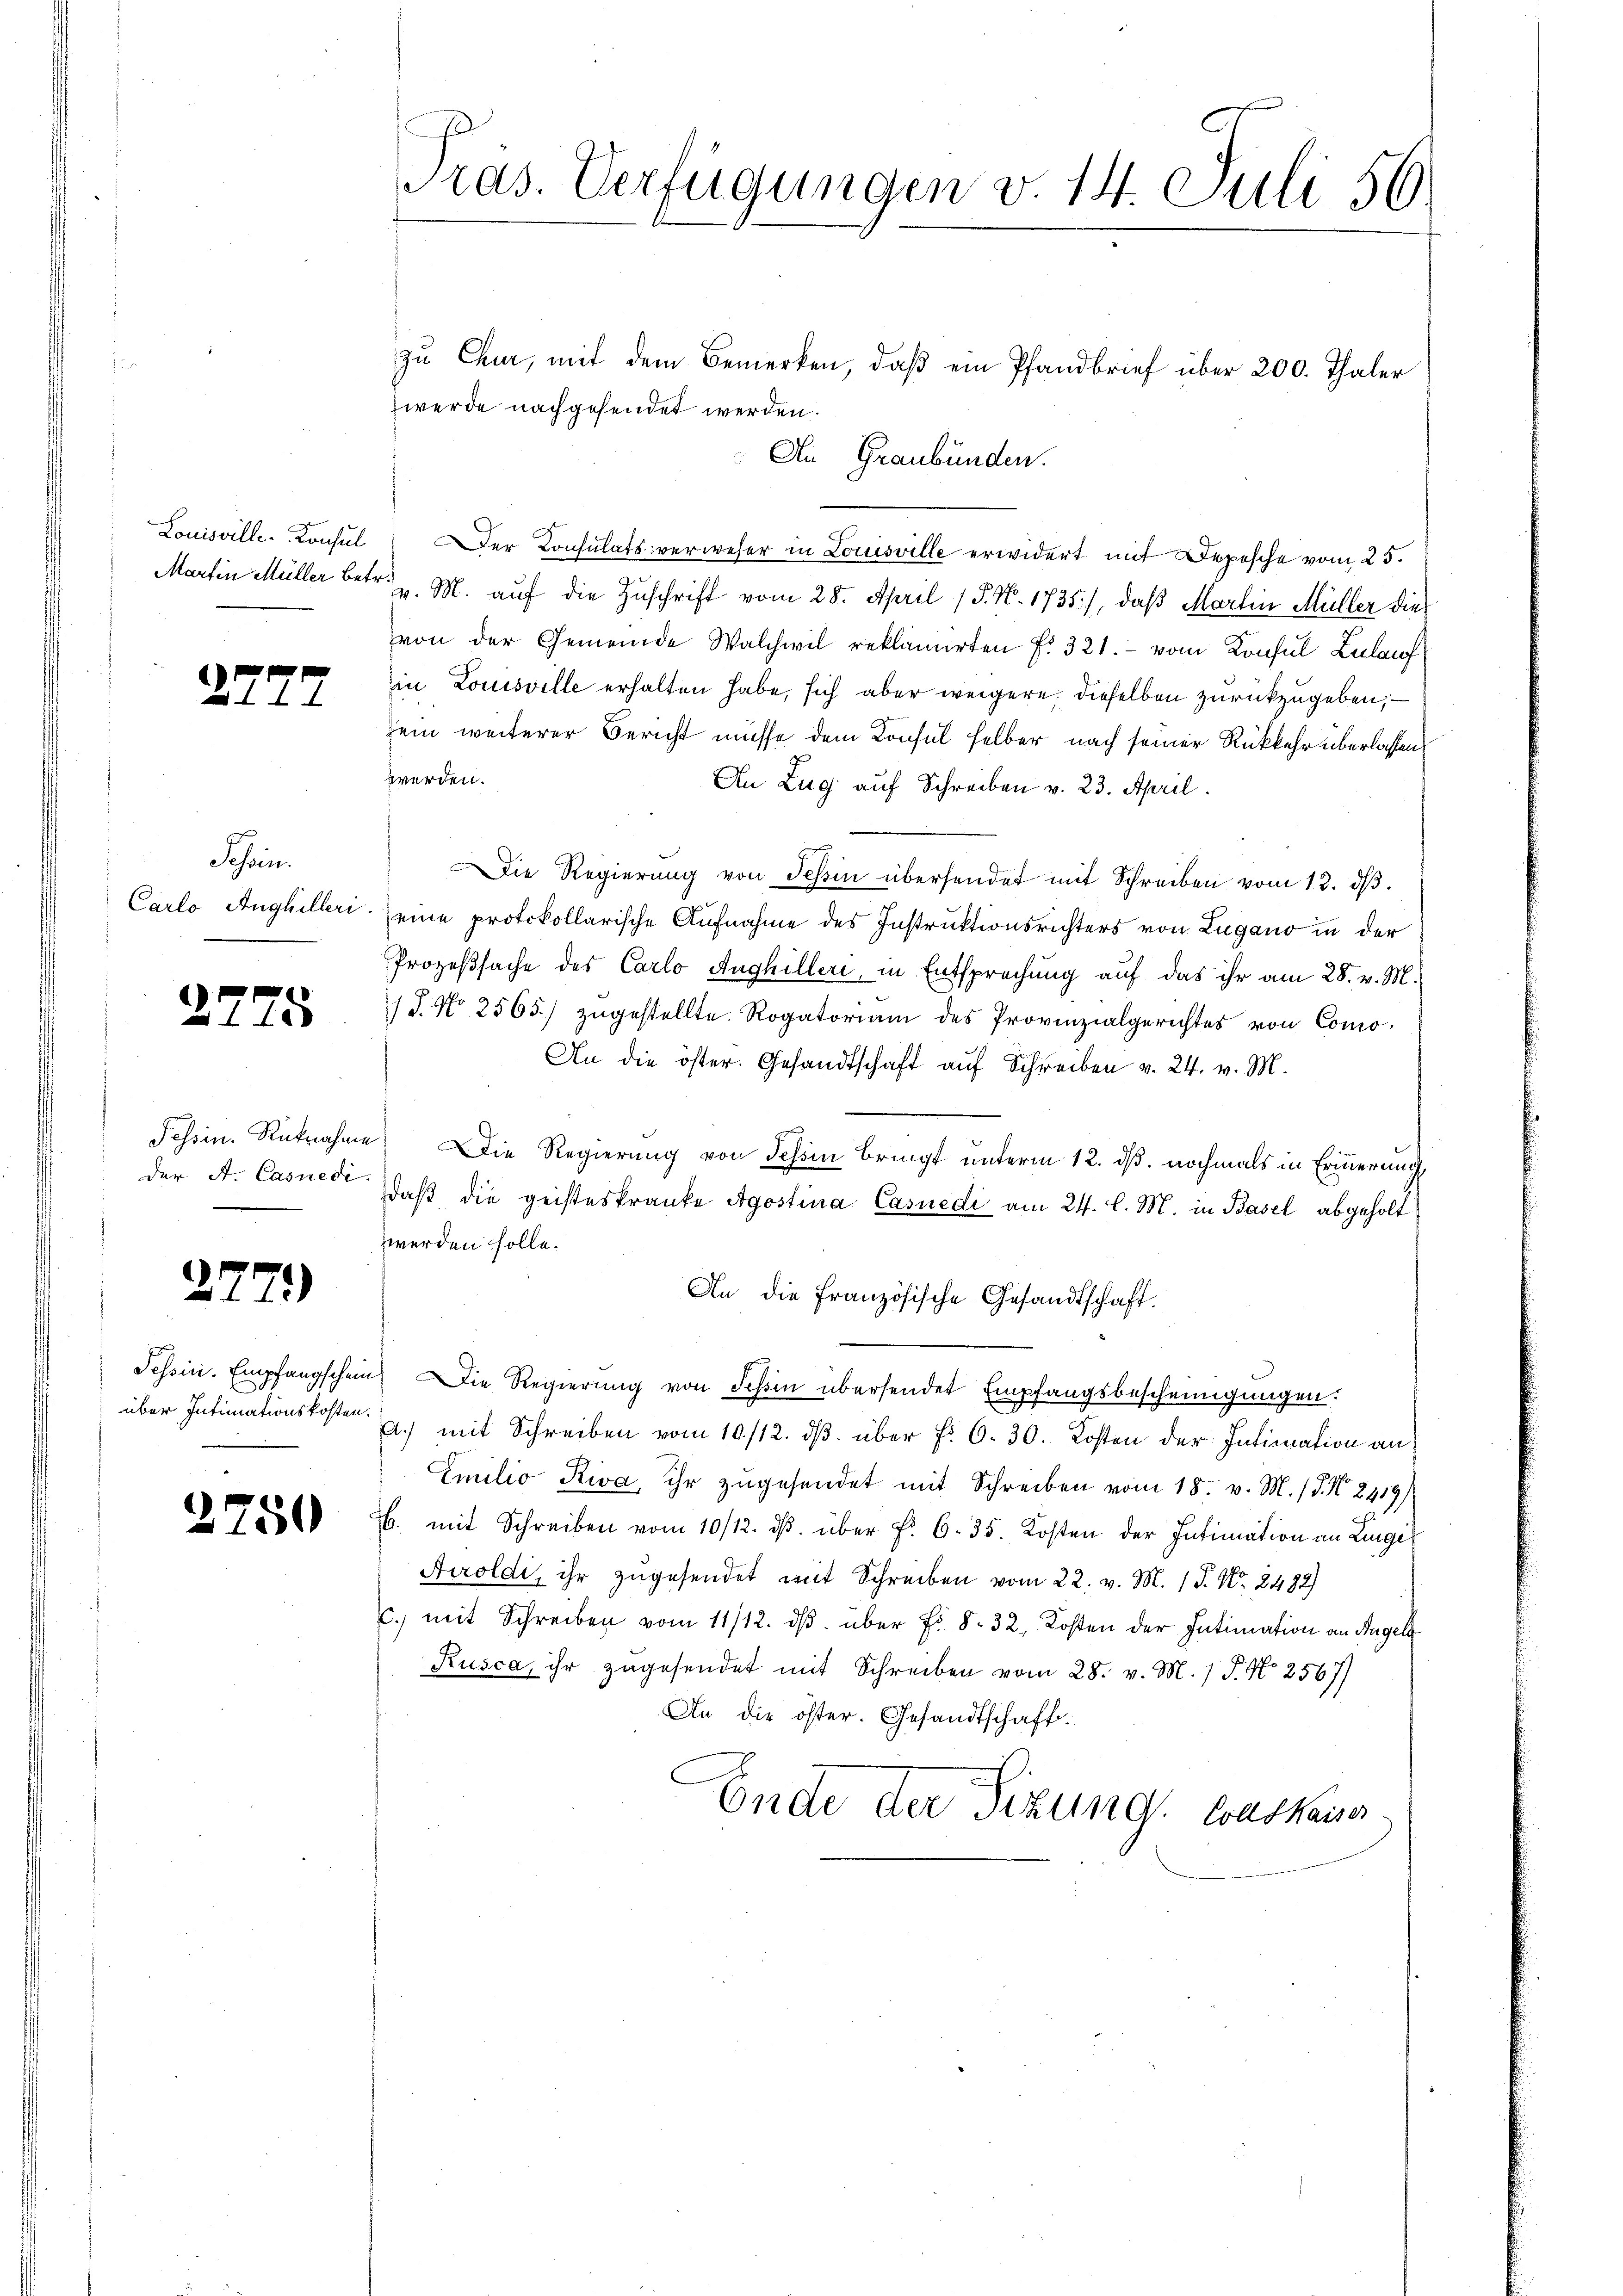
Louisville-Konsul

22

27.

7

Schen.
Carlo Anghilleri

25

277)

2750

ras. Verfügungen v. 14. Juli 56.

zu Chur, mit dem Bemerken, daß ein Pfandbrief über 200. Thaler
werde nachgesendet werden.
An Graubünden.
Der Consulats verweser in Louisville erwidert mit Depesche vom 25.
Martin Müller betr. v. M. auf die Zuschrift vom 28. April 1 S. N. 1735), daß Martin Müller die
von der Gemeinde Walchwil reklamirten f. 321. vom Konsul Zulauf
in Louisville erhalten habe, sich aber weigere, dieselben zurückzugeben, –
sein weiterer Bericht müsse dem Consul selber nach seiner Rückkehr überlassen,
werden.
An Zug auf Schreiben v. 23. April.
Die Regierŭng von Schin übersendet mit Schreiben vom 13. dβ.
eine protokollarische Aufnahme des Instruktionsrichters von Lugano in der
Prozeßsache des Carlo Anghiller, in Entsprechung auf das ihr am 28. v. M.
18. No 2565.) zugestellte. Rogatoriam des Provinzialgerichtes von Como¬
An die öster. Gesandtschaft auf Schreiben v. 24. v. M.
Schein Rücknahme. Die Regierung von Jahren bringt unterm 12. dß. nochmals in Erinnerungs
der A. Casner, daß die geisteskranke Agostina Casuedi am 24. l. M. in Basel abgeholt
werden solle.
An die Französische Gesandtschaft.
Tessin. Empfangschein Die Regierŭng von Schon übersendet Empfangsbescheinigungen.
über Intimationskosten u. mit Schreiben vom 10./12. ds. über f. 6. 30. Kosten der Intimation an
Emilio Riva, ihr zugesendet mit Schreiben vom 18. v. M. / 5. No. 2419)
B. mit Schreiben vom 10/12. dβ über f. 635. Kosten der Intimation an Lingi
Airoldi, ihr zugesendet mit Schreiben vom 22. v. M. 18. No. 2482)
c. mit Schreiben vom 11/12. dβ über Fr. 8. 32, Kosten der Intimation an Angels
Rusca, ihr zugesendet mit Schreiben vom 28. v. M. 1 P. Nr. 2567)
An die öster. Gesandtschaft.
Ende der Sitzung. Loskau